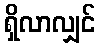
ရှိလာလျှင်